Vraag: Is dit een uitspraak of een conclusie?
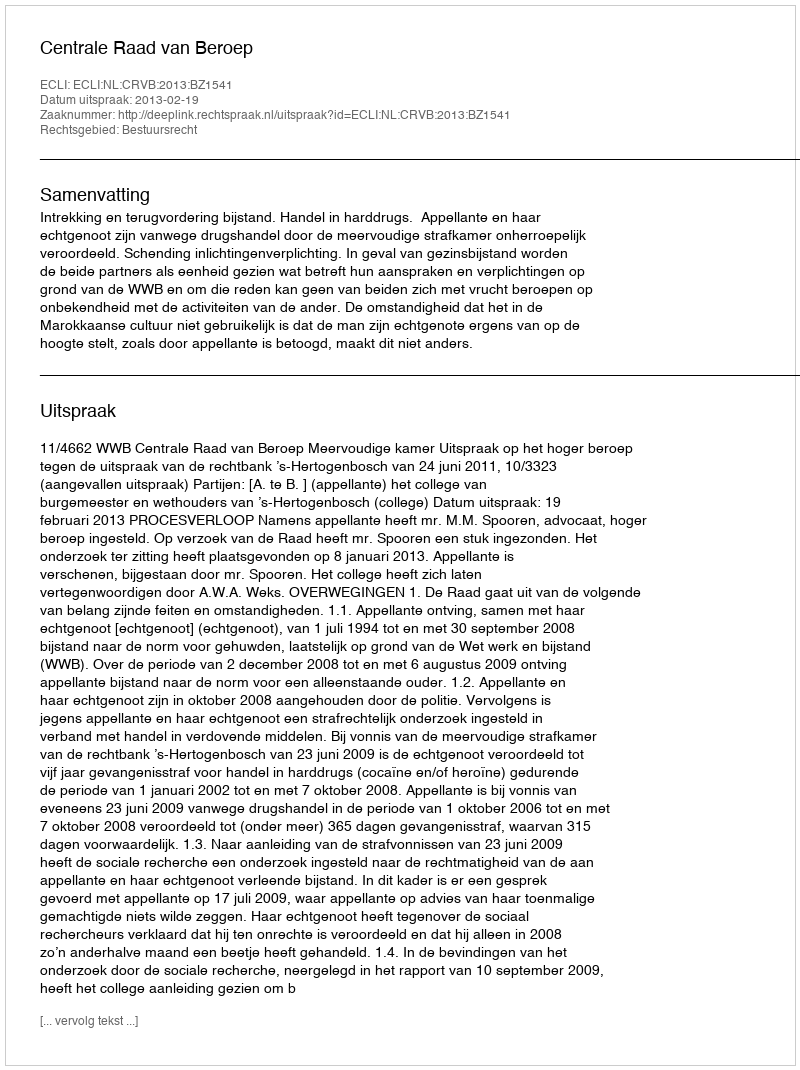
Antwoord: Uitspraak